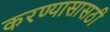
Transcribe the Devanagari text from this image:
करण्यासासठी